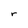
Character: r